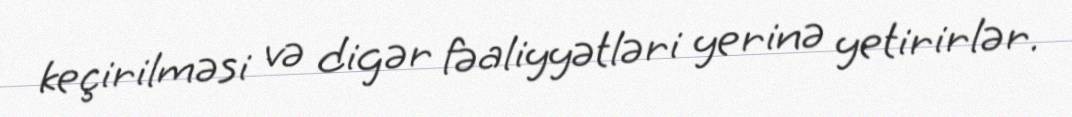
keçirilməsi və digər fəaliyyətləri yerinə yetirirlər.